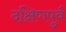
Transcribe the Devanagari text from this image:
दक्षिणपुर्व